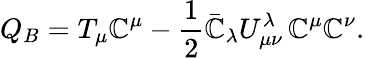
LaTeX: Q_{B}=T_{\mu}\mathbb{C}^{\mu}-\frac{{1}}{{2}}\bar{{\mathbb{C}}}_{\lambda}U_{\mu\nu}^{\lambda}\, \mathbb{C}^{\mu}\mathbb{C}^{\nu}.